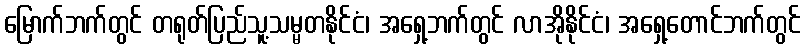
မြောက်ဘက်တွင် တရုတ်ပြည်သူ့သမ္မတနိုင်ငံ၊ အရှေ့ဘက်တွင် လာအိုနိုင်ငံ၊ အရှေ့တောင်ဘက်တွင်